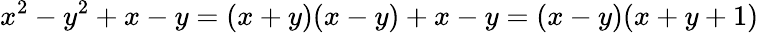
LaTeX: x^{2}-y^{2}+x-y=(x+y)(x-y)+x-y=(x-y)(x+y+1)